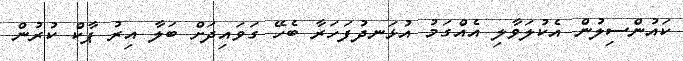
ކައުންސިލުން އެކުލަވާލި އެއްގަމު އުޅަނދުފަހަރާ ބެހޭ ގަވައިދަށް ބަލާ އިރު ޕާކް ކުރުން